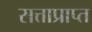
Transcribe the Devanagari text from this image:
सत्ताप्राप्त